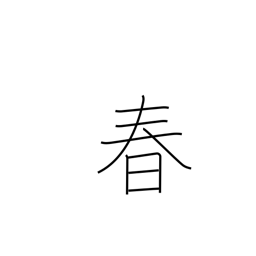
Meaning: springtime